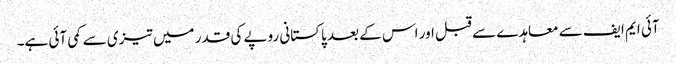
آئی ایم ایف سے معاہدے سے قبل اور اس کے بعد پاکستانی روپے کی قدر میں تیزی سے کمی آئی ہے۔